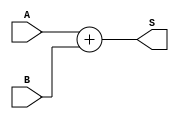
module Adder_Branch(input [7:0]A, B,
                    output reg [7:0]S);

  always@(*)
    S = A + B;
endmodule